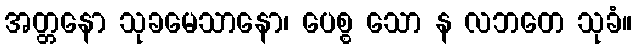
အတ္တနော သုခမေသာနော၊ ပေစ္စ သော န လဘတေ သုခံ။